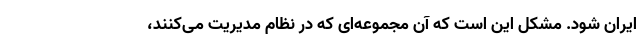
ایران شود. مشکل این است که آن مجموعه‌ای که در نظام مدیریت می‌کنند،